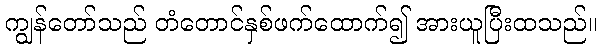
ကျွန်တော်သည် တံတောင်နှစ်ဖက်ထောက်၍ အားယူပြီးထသည်။